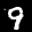
Label: 9